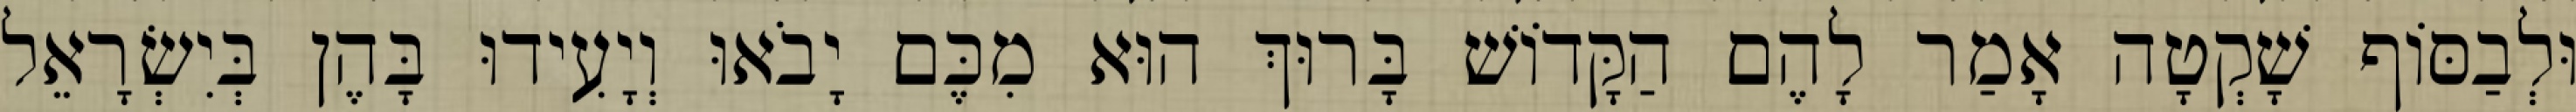
וּלְבַסּוֹף שָׁקְטָה אָמַר לָהֶם הַקָּדוֹשׁ בָּרוּךְ הוּא מִכֶּם יָבֹאוּ וְיָעִידוּ בָּהֶן בְּיִשְׂרָאֵל